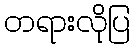
တရားလိုပြ